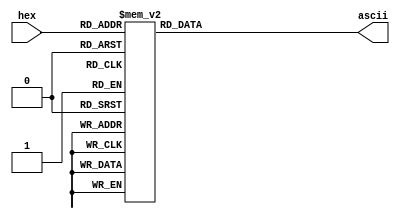
// generated code

module Hex2Ascii(
    input wire [3:0] hex,
    output reg [7:0] ascii
);

    always @* begin
        case (hex)
            4'h0: ascii = 48;
            4'h1: ascii = 49;
            4'h2: ascii = 50;
            4'h3: ascii = 51;
            4'h4: ascii = 52;
            4'h5: ascii = 53;
            4'h6: ascii = 54;
            4'h7: ascii = 55;
            4'h8: ascii = 56;
            4'h9: ascii = 57;
            4'ha: ascii = 97;
            4'hb: ascii = 98;
            4'hc: ascii = 99;
            4'hd: ascii = 100;
            4'he: ascii = 101;
            4'hf: ascii = 102;
        endcase
    end

endmodule

module VgaDebugger(
    input wire [31:0] pc,
    input wire [31:0] inst,
    input wire [31:0] IfId_pc,
    input wire [31:0] IfId_inst,
    input wire IfId_valid,
    input wire [31:0] IdEx_pc,
    input wire [31:0] IdEx_inst,
    input wire IdEx_valid,
    input wire [4:0] IdEx_rd,
    input wire [4:0] IdEx_rs1,
    input wire [4:0] IdEx_rs2,
    input wire [31:0] IdEx_rs1_val,
    input wire [31:0] IdEx_rs2_val,
    input wire IdEx_reg_wen,
    input wire IdEx_is_imm,
    input wire [31:0] IdEx_imm,
    input wire IdEx_mem_wen,
    input wire IdEx_mem_ren,
    input wire IdEx_is_branch,
    input wire IdEx_is_jal,
    input wire IdEx_is_jalr,
    input wire IdEx_is_auipc,
    input wire IdEx_is_lui,
    input wire [3:0] IdEx_alu_ctrl,
    input wire [2:0] IdEx_cmp_ctrl,
    input wire [31:0] ExMa_pc,
    input wire [31:0] ExMa_inst,
    input wire ExMa_valid,
    input wire [4:0] ExMa_rd,
    input wire ExMa_reg_wen,
    input wire [31:0] ExMa_mem_w_data,
    input wire [31:0] ExMa_alu_res,
    input wire ExMa_mem_wen,
    input wire ExMa_mem_ren,
    input wire ExMa_is_jal,
    input wire ExMa_is_jalr,
    input wire [31:0] MaWb_pc,
    input wire [31:0] MaWb_inst,
    input wire MaWb_valid,
    input wire [4:0] MaWb_rd,
    input wire MaWb_reg_wen,
    input wire [31:0] MaWb_reg_w_data,
    input wire [31:0] x0,
    input wire [31:0] ra,
    input wire [31:0] sp,
    input wire [31:0] gp,
    input wire [31:0] tp,
    input wire [31:0] t0,
    input wire [31:0] t1,
    input wire [31:0] t2,
    input wire [31:0] s0,
    input wire [31:0] s1,
    input wire [31:0] a0,
    input wire [31:0] a1,
    input wire [31:0] a2,
    input wire [31:0] a3,
    input wire [31:0] a4,
    input wire [31:0] a5,
    input wire [31:0] a6,
    input wire [31:0] a7,
    input wire [31:0] s2,
    input wire [31:0] s3,
    input wire [31:0] s4,
    input wire [31:0] s5,
    input wire [31:0] s6,
    input wire [31:0] s7,
    input wire [31:0] s8,
    input wire [31:0] s9,
    input wire [31:0] s10,
    input wire [31:0] s11,
    input wire [31:0] t3,
    input wire [31:0] t4,
    input wire [31:0] t5,
    input wire [31:0] t6,
    input wire clk,
    output reg display_wen,
    output wire [11:0] display_w_addr,
    output wire [7:0] display_w_data
);

    reg [11:0] display_addr = 0;
    assign display_w_addr = display_addr;
    always @(posedge clk) begin
        display_addr <= display_addr == 2399 ? 0 : display_addr + 1;
    end

    reg [3:0] dynamic_hex = 0;
    Hex2Ascii hex2ascii(dynamic_hex, display_w_data);
    always @* begin
        case (display_addr)
            244: begin dynamic_hex = pc[31:28]; display_wen = 1; end
            245: begin dynamic_hex = pc[27:24]; display_wen = 1; end
            246: begin dynamic_hex = pc[23:20]; display_wen = 1; end
            247: begin dynamic_hex = pc[19:16]; display_wen = 1; end
            248: begin dynamic_hex = pc[15:12]; display_wen = 1; end
            249: begin dynamic_hex = pc[11:8]; display_wen = 1; end
            250: begin dynamic_hex = pc[7:4]; display_wen = 1; end
            251: begin dynamic_hex = pc[3:0]; display_wen = 1; end
            261: begin dynamic_hex = inst[31:28]; display_wen = 1; end
            262: begin dynamic_hex = inst[27:24]; display_wen = 1; end
            263: begin dynamic_hex = inst[23:20]; display_wen = 1; end
            264: begin dynamic_hex = inst[19:16]; display_wen = 1; end
            265: begin dynamic_hex = inst[15:12]; display_wen = 1; end
            266: begin dynamic_hex = inst[11:8]; display_wen = 1; end
            267: begin dynamic_hex = inst[7:4]; display_wen = 1; end
            268: begin dynamic_hex = inst[3:0]; display_wen = 1; end
            404: begin dynamic_hex = IfId_pc[31:28]; display_wen = 1; end
            405: begin dynamic_hex = IfId_pc[27:24]; display_wen = 1; end
            406: begin dynamic_hex = IfId_pc[23:20]; display_wen = 1; end
            407: begin dynamic_hex = IfId_pc[19:16]; display_wen = 1; end
            408: begin dynamic_hex = IfId_pc[15:12]; display_wen = 1; end
            409: begin dynamic_hex = IfId_pc[11:8]; display_wen = 1; end
            410: begin dynamic_hex = IfId_pc[7:4]; display_wen = 1; end
            411: begin dynamic_hex = IfId_pc[3:0]; display_wen = 1; end
            421: begin dynamic_hex = IfId_inst[31:28]; display_wen = 1; end
            422: begin dynamic_hex = IfId_inst[27:24]; display_wen = 1; end
            423: begin dynamic_hex = IfId_inst[23:20]; display_wen = 1; end
            424: begin dynamic_hex = IfId_inst[19:16]; display_wen = 1; end
            425: begin dynamic_hex = IfId_inst[15:12]; display_wen = 1; end
            426: begin dynamic_hex = IfId_inst[11:8]; display_wen = 1; end
            427: begin dynamic_hex = IfId_inst[7:4]; display_wen = 1; end
            428: begin dynamic_hex = IfId_inst[3:0]; display_wen = 1; end
            439: begin dynamic_hex = IfId_valid; display_wen = 1; end
            1124: begin dynamic_hex = IdEx_pc[31:28]; display_wen = 1; end
            1125: begin dynamic_hex = IdEx_pc[27:24]; display_wen = 1; end
            1126: begin dynamic_hex = IdEx_pc[23:20]; display_wen = 1; end
            1127: begin dynamic_hex = IdEx_pc[19:16]; display_wen = 1; end
            1128: begin dynamic_hex = IdEx_pc[15:12]; display_wen = 1; end
            1129: begin dynamic_hex = IdEx_pc[11:8]; display_wen = 1; end
            1130: begin dynamic_hex = IdEx_pc[7:4]; display_wen = 1; end
            1131: begin dynamic_hex = IdEx_pc[3:0]; display_wen = 1; end
            1141: begin dynamic_hex = IdEx_inst[31:28]; display_wen = 1; end
            1142: begin dynamic_hex = IdEx_inst[27:24]; display_wen = 1; end
            1143: begin dynamic_hex = IdEx_inst[23:20]; display_wen = 1; end
            1144: begin dynamic_hex = IdEx_inst[19:16]; display_wen = 1; end
            1145: begin dynamic_hex = IdEx_inst[15:12]; display_wen = 1; end
            1146: begin dynamic_hex = IdEx_inst[11:8]; display_wen = 1; end
            1147: begin dynamic_hex = IdEx_inst[7:4]; display_wen = 1; end
            1148: begin dynamic_hex = IdEx_inst[3:0]; display_wen = 1; end
            1159: begin dynamic_hex = IdEx_valid; display_wen = 1; end
            1204: begin dynamic_hex = IdEx_rd[4:4]; display_wen = 1; end
            1205: begin dynamic_hex = IdEx_rd[3:0]; display_wen = 1; end
            1214: begin dynamic_hex = IdEx_rs1[4:4]; display_wen = 1; end
            1215: begin dynamic_hex = IdEx_rs1[3:0]; display_wen = 1; end
            1224: begin dynamic_hex = IdEx_rs2[4:4]; display_wen = 1; end
            1225: begin dynamic_hex = IdEx_rs2[3:0]; display_wen = 1; end
            1238: begin dynamic_hex = IdEx_rs1_val[31:28]; display_wen = 1; end
            1239: begin dynamic_hex = IdEx_rs1_val[27:24]; display_wen = 1; end
            1240: begin dynamic_hex = IdEx_rs1_val[23:20]; display_wen = 1; end
            1241: begin dynamic_hex = IdEx_rs1_val[19:16]; display_wen = 1; end
            1242: begin dynamic_hex = IdEx_rs1_val[15:12]; display_wen = 1; end
            1243: begin dynamic_hex = IdEx_rs1_val[11:8]; display_wen = 1; end
            1244: begin dynamic_hex = IdEx_rs1_val[7:4]; display_wen = 1; end
            1245: begin dynamic_hex = IdEx_rs1_val[3:0]; display_wen = 1; end
            1258: begin dynamic_hex = IdEx_rs2_val[31:28]; display_wen = 1; end
            1259: begin dynamic_hex = IdEx_rs2_val[27:24]; display_wen = 1; end
            1260: begin dynamic_hex = IdEx_rs2_val[23:20]; display_wen = 1; end
            1261: begin dynamic_hex = IdEx_rs2_val[19:16]; display_wen = 1; end
            1262: begin dynamic_hex = IdEx_rs2_val[15:12]; display_wen = 1; end
            1263: begin dynamic_hex = IdEx_rs2_val[11:8]; display_wen = 1; end
            1264: begin dynamic_hex = IdEx_rs2_val[7:4]; display_wen = 1; end
            1265: begin dynamic_hex = IdEx_rs2_val[3:0]; display_wen = 1; end
            1278: begin dynamic_hex = IdEx_reg_wen; display_wen = 1; end
            1288: begin dynamic_hex = IdEx_is_imm; display_wen = 1; end
            1297: begin dynamic_hex = IdEx_imm[31:28]; display_wen = 1; end
            1298: begin dynamic_hex = IdEx_imm[27:24]; display_wen = 1; end
            1299: begin dynamic_hex = IdEx_imm[23:20]; display_wen = 1; end
            1300: begin dynamic_hex = IdEx_imm[19:16]; display_wen = 1; end
            1301: begin dynamic_hex = IdEx_imm[15:12]; display_wen = 1; end
            1302: begin dynamic_hex = IdEx_imm[11:8]; display_wen = 1; end
            1303: begin dynamic_hex = IdEx_imm[7:4]; display_wen = 1; end
            1304: begin dynamic_hex = IdEx_imm[3:0]; display_wen = 1; end
            1369: begin dynamic_hex = IdEx_mem_wen; display_wen = 1; end
            1382: begin dynamic_hex = IdEx_mem_ren; display_wen = 1; end
            1397: begin dynamic_hex = IdEx_is_branch; display_wen = 1; end
            1409: begin dynamic_hex = IdEx_is_jal; display_wen = 1; end
            1422: begin dynamic_hex = IdEx_is_jalr; display_wen = 1; end
            1450: begin dynamic_hex = IdEx_is_auipc; display_wen = 1; end
            1462: begin dynamic_hex = IdEx_is_lui; display_wen = 1; end
            1476: begin dynamic_hex = IdEx_alu_ctrl[3:0]; display_wen = 1; end
            1490: begin dynamic_hex = IdEx_cmp_ctrl[2:0]; display_wen = 1; end
            1604: begin dynamic_hex = ExMa_pc[31:28]; display_wen = 1; end
            1605: begin dynamic_hex = ExMa_pc[27:24]; display_wen = 1; end
            1606: begin dynamic_hex = ExMa_pc[23:20]; display_wen = 1; end
            1607: begin dynamic_hex = ExMa_pc[19:16]; display_wen = 1; end
            1608: begin dynamic_hex = ExMa_pc[15:12]; display_wen = 1; end
            1609: begin dynamic_hex = ExMa_pc[11:8]; display_wen = 1; end
            1610: begin dynamic_hex = ExMa_pc[7:4]; display_wen = 1; end
            1611: begin dynamic_hex = ExMa_pc[3:0]; display_wen = 1; end
            1621: begin dynamic_hex = ExMa_inst[31:28]; display_wen = 1; end
            1622: begin dynamic_hex = ExMa_inst[27:24]; display_wen = 1; end
            1623: begin dynamic_hex = ExMa_inst[23:20]; display_wen = 1; end
            1624: begin dynamic_hex = ExMa_inst[19:16]; display_wen = 1; end
            1625: begin dynamic_hex = ExMa_inst[15:12]; display_wen = 1; end
            1626: begin dynamic_hex = ExMa_inst[11:8]; display_wen = 1; end
            1627: begin dynamic_hex = ExMa_inst[7:4]; display_wen = 1; end
            1628: begin dynamic_hex = ExMa_inst[3:0]; display_wen = 1; end
            1639: begin dynamic_hex = ExMa_valid; display_wen = 1; end
            1684: begin dynamic_hex = ExMa_rd[4:4]; display_wen = 1; end
            1685: begin dynamic_hex = ExMa_rd[3:0]; display_wen = 1; end
            1698: begin dynamic_hex = ExMa_reg_wen; display_wen = 1; end
            1714: begin dynamic_hex = ExMa_mem_w_data[31:28]; display_wen = 1; end
            1715: begin dynamic_hex = ExMa_mem_w_data[27:24]; display_wen = 1; end
            1716: begin dynamic_hex = ExMa_mem_w_data[23:20]; display_wen = 1; end
            1717: begin dynamic_hex = ExMa_mem_w_data[19:16]; display_wen = 1; end
            1718: begin dynamic_hex = ExMa_mem_w_data[15:12]; display_wen = 1; end
            1719: begin dynamic_hex = ExMa_mem_w_data[11:8]; display_wen = 1; end
            1720: begin dynamic_hex = ExMa_mem_w_data[7:4]; display_wen = 1; end
            1721: begin dynamic_hex = ExMa_mem_w_data[3:0]; display_wen = 1; end
            1734: begin dynamic_hex = ExMa_alu_res[31:28]; display_wen = 1; end
            1735: begin dynamic_hex = ExMa_alu_res[27:24]; display_wen = 1; end
            1736: begin dynamic_hex = ExMa_alu_res[23:20]; display_wen = 1; end
            1737: begin dynamic_hex = ExMa_alu_res[19:16]; display_wen = 1; end
            1738: begin dynamic_hex = ExMa_alu_res[15:12]; display_wen = 1; end
            1739: begin dynamic_hex = ExMa_alu_res[11:8]; display_wen = 1; end
            1740: begin dynamic_hex = ExMa_alu_res[7:4]; display_wen = 1; end
            1741: begin dynamic_hex = ExMa_alu_res[3:0]; display_wen = 1; end
            1769: begin dynamic_hex = ExMa_mem_wen; display_wen = 1; end
            1782: begin dynamic_hex = ExMa_mem_ren; display_wen = 1; end
            1794: begin dynamic_hex = ExMa_is_jal; display_wen = 1; end
            1807: begin dynamic_hex = ExMa_is_jalr; display_wen = 1; end
            1924: begin dynamic_hex = MaWb_pc[31:28]; display_wen = 1; end
            1925: begin dynamic_hex = MaWb_pc[27:24]; display_wen = 1; end
            1926: begin dynamic_hex = MaWb_pc[23:20]; display_wen = 1; end
            1927: begin dynamic_hex = MaWb_pc[19:16]; display_wen = 1; end
            1928: begin dynamic_hex = MaWb_pc[15:12]; display_wen = 1; end
            1929: begin dynamic_hex = MaWb_pc[11:8]; display_wen = 1; end
            1930: begin dynamic_hex = MaWb_pc[7:4]; display_wen = 1; end
            1931: begin dynamic_hex = MaWb_pc[3:0]; display_wen = 1; end
            1941: begin dynamic_hex = MaWb_inst[31:28]; display_wen = 1; end
            1942: begin dynamic_hex = MaWb_inst[27:24]; display_wen = 1; end
            1943: begin dynamic_hex = MaWb_inst[23:20]; display_wen = 1; end
            1944: begin dynamic_hex = MaWb_inst[19:16]; display_wen = 1; end
            1945: begin dynamic_hex = MaWb_inst[15:12]; display_wen = 1; end
            1946: begin dynamic_hex = MaWb_inst[11:8]; display_wen = 1; end
            1947: begin dynamic_hex = MaWb_inst[7:4]; display_wen = 1; end
            1948: begin dynamic_hex = MaWb_inst[3:0]; display_wen = 1; end
            1959: begin dynamic_hex = MaWb_valid; display_wen = 1; end
            2004: begin dynamic_hex = MaWb_rd[4:4]; display_wen = 1; end
            2005: begin dynamic_hex = MaWb_rd[3:0]; display_wen = 1; end
            2018: begin dynamic_hex = MaWb_reg_wen; display_wen = 1; end
            2034: begin dynamic_hex = MaWb_reg_w_data[31:28]; display_wen = 1; end
            2035: begin dynamic_hex = MaWb_reg_w_data[27:24]; display_wen = 1; end
            2036: begin dynamic_hex = MaWb_reg_w_data[23:20]; display_wen = 1; end
            2037: begin dynamic_hex = MaWb_reg_w_data[19:16]; display_wen = 1; end
            2038: begin dynamic_hex = MaWb_reg_w_data[15:12]; display_wen = 1; end
            2039: begin dynamic_hex = MaWb_reg_w_data[11:8]; display_wen = 1; end
            2040: begin dynamic_hex = MaWb_reg_w_data[7:4]; display_wen = 1; end
            2041: begin dynamic_hex = MaWb_reg_w_data[3:0]; display_wen = 1; end
            484: begin dynamic_hex = x0[31:28]; display_wen = 1; end
            485: begin dynamic_hex = x0[27:24]; display_wen = 1; end
            486: begin dynamic_hex = x0[23:20]; display_wen = 1; end
            487: begin dynamic_hex = x0[19:16]; display_wen = 1; end
            488: begin dynamic_hex = x0[15:12]; display_wen = 1; end
            489: begin dynamic_hex = x0[11:8]; display_wen = 1; end
            490: begin dynamic_hex = x0[7:4]; display_wen = 1; end
            491: begin dynamic_hex = x0[3:0]; display_wen = 1; end
            499: begin dynamic_hex = ra[31:28]; display_wen = 1; end
            500: begin dynamic_hex = ra[27:24]; display_wen = 1; end
            501: begin dynamic_hex = ra[23:20]; display_wen = 1; end
            502: begin dynamic_hex = ra[19:16]; display_wen = 1; end
            503: begin dynamic_hex = ra[15:12]; display_wen = 1; end
            504: begin dynamic_hex = ra[11:8]; display_wen = 1; end
            505: begin dynamic_hex = ra[7:4]; display_wen = 1; end
            506: begin dynamic_hex = ra[3:0]; display_wen = 1; end
            514: begin dynamic_hex = sp[31:28]; display_wen = 1; end
            515: begin dynamic_hex = sp[27:24]; display_wen = 1; end
            516: begin dynamic_hex = sp[23:20]; display_wen = 1; end
            517: begin dynamic_hex = sp[19:16]; display_wen = 1; end
            518: begin dynamic_hex = sp[15:12]; display_wen = 1; end
            519: begin dynamic_hex = sp[11:8]; display_wen = 1; end
            520: begin dynamic_hex = sp[7:4]; display_wen = 1; end
            521: begin dynamic_hex = sp[3:0]; display_wen = 1; end
            529: begin dynamic_hex = gp[31:28]; display_wen = 1; end
            530: begin dynamic_hex = gp[27:24]; display_wen = 1; end
            531: begin dynamic_hex = gp[23:20]; display_wen = 1; end
            532: begin dynamic_hex = gp[19:16]; display_wen = 1; end
            533: begin dynamic_hex = gp[15:12]; display_wen = 1; end
            534: begin dynamic_hex = gp[11:8]; display_wen = 1; end
            535: begin dynamic_hex = gp[7:4]; display_wen = 1; end
            536: begin dynamic_hex = gp[3:0]; display_wen = 1; end
            544: begin dynamic_hex = tp[31:28]; display_wen = 1; end
            545: begin dynamic_hex = tp[27:24]; display_wen = 1; end
            546: begin dynamic_hex = tp[23:20]; display_wen = 1; end
            547: begin dynamic_hex = tp[19:16]; display_wen = 1; end
            548: begin dynamic_hex = tp[15:12]; display_wen = 1; end
            549: begin dynamic_hex = tp[11:8]; display_wen = 1; end
            550: begin dynamic_hex = tp[7:4]; display_wen = 1; end
            551: begin dynamic_hex = tp[3:0]; display_wen = 1; end
            564: begin dynamic_hex = t0[31:28]; display_wen = 1; end
            565: begin dynamic_hex = t0[27:24]; display_wen = 1; end
            566: begin dynamic_hex = t0[23:20]; display_wen = 1; end
            567: begin dynamic_hex = t0[19:16]; display_wen = 1; end
            568: begin dynamic_hex = t0[15:12]; display_wen = 1; end
            569: begin dynamic_hex = t0[11:8]; display_wen = 1; end
            570: begin dynamic_hex = t0[7:4]; display_wen = 1; end
            571: begin dynamic_hex = t0[3:0]; display_wen = 1; end
            579: begin dynamic_hex = t1[31:28]; display_wen = 1; end
            580: begin dynamic_hex = t1[27:24]; display_wen = 1; end
            581: begin dynamic_hex = t1[23:20]; display_wen = 1; end
            582: begin dynamic_hex = t1[19:16]; display_wen = 1; end
            583: begin dynamic_hex = t1[15:12]; display_wen = 1; end
            584: begin dynamic_hex = t1[11:8]; display_wen = 1; end
            585: begin dynamic_hex = t1[7:4]; display_wen = 1; end
            586: begin dynamic_hex = t1[3:0]; display_wen = 1; end
            594: begin dynamic_hex = t2[31:28]; display_wen = 1; end
            595: begin dynamic_hex = t2[27:24]; display_wen = 1; end
            596: begin dynamic_hex = t2[23:20]; display_wen = 1; end
            597: begin dynamic_hex = t2[19:16]; display_wen = 1; end
            598: begin dynamic_hex = t2[15:12]; display_wen = 1; end
            599: begin dynamic_hex = t2[11:8]; display_wen = 1; end
            600: begin dynamic_hex = t2[7:4]; display_wen = 1; end
            601: begin dynamic_hex = t2[3:0]; display_wen = 1; end
            609: begin dynamic_hex = s0[31:28]; display_wen = 1; end
            610: begin dynamic_hex = s0[27:24]; display_wen = 1; end
            611: begin dynamic_hex = s0[23:20]; display_wen = 1; end
            612: begin dynamic_hex = s0[19:16]; display_wen = 1; end
            613: begin dynamic_hex = s0[15:12]; display_wen = 1; end
            614: begin dynamic_hex = s0[11:8]; display_wen = 1; end
            615: begin dynamic_hex = s0[7:4]; display_wen = 1; end
            616: begin dynamic_hex = s0[3:0]; display_wen = 1; end
            624: begin dynamic_hex = s1[31:28]; display_wen = 1; end
            625: begin dynamic_hex = s1[27:24]; display_wen = 1; end
            626: begin dynamic_hex = s1[23:20]; display_wen = 1; end
            627: begin dynamic_hex = s1[19:16]; display_wen = 1; end
            628: begin dynamic_hex = s1[15:12]; display_wen = 1; end
            629: begin dynamic_hex = s1[11:8]; display_wen = 1; end
            630: begin dynamic_hex = s1[7:4]; display_wen = 1; end
            631: begin dynamic_hex = s1[3:0]; display_wen = 1; end
            644: begin dynamic_hex = a0[31:28]; display_wen = 1; end
            645: begin dynamic_hex = a0[27:24]; display_wen = 1; end
            646: begin dynamic_hex = a0[23:20]; display_wen = 1; end
            647: begin dynamic_hex = a0[19:16]; display_wen = 1; end
            648: begin dynamic_hex = a0[15:12]; display_wen = 1; end
            649: begin dynamic_hex = a0[11:8]; display_wen = 1; end
            650: begin dynamic_hex = a0[7:4]; display_wen = 1; end
            651: begin dynamic_hex = a0[3:0]; display_wen = 1; end
            659: begin dynamic_hex = a1[31:28]; display_wen = 1; end
            660: begin dynamic_hex = a1[27:24]; display_wen = 1; end
            661: begin dynamic_hex = a1[23:20]; display_wen = 1; end
            662: begin dynamic_hex = a1[19:16]; display_wen = 1; end
            663: begin dynamic_hex = a1[15:12]; display_wen = 1; end
            664: begin dynamic_hex = a1[11:8]; display_wen = 1; end
            665: begin dynamic_hex = a1[7:4]; display_wen = 1; end
            666: begin dynamic_hex = a1[3:0]; display_wen = 1; end
            674: begin dynamic_hex = a2[31:28]; display_wen = 1; end
            675: begin dynamic_hex = a2[27:24]; display_wen = 1; end
            676: begin dynamic_hex = a2[23:20]; display_wen = 1; end
            677: begin dynamic_hex = a2[19:16]; display_wen = 1; end
            678: begin dynamic_hex = a2[15:12]; display_wen = 1; end
            679: begin dynamic_hex = a2[11:8]; display_wen = 1; end
            680: begin dynamic_hex = a2[7:4]; display_wen = 1; end
            681: begin dynamic_hex = a2[3:0]; display_wen = 1; end
            689: begin dynamic_hex = a3[31:28]; display_wen = 1; end
            690: begin dynamic_hex = a3[27:24]; display_wen = 1; end
            691: begin dynamic_hex = a3[23:20]; display_wen = 1; end
            692: begin dynamic_hex = a3[19:16]; display_wen = 1; end
            693: begin dynamic_hex = a3[15:12]; display_wen = 1; end
            694: begin dynamic_hex = a3[11:8]; display_wen = 1; end
            695: begin dynamic_hex = a3[7:4]; display_wen = 1; end
            696: begin dynamic_hex = a3[3:0]; display_wen = 1; end
            704: begin dynamic_hex = a4[31:28]; display_wen = 1; end
            705: begin dynamic_hex = a4[27:24]; display_wen = 1; end
            706: begin dynamic_hex = a4[23:20]; display_wen = 1; end
            707: begin dynamic_hex = a4[19:16]; display_wen = 1; end
            708: begin dynamic_hex = a4[15:12]; display_wen = 1; end
            709: begin dynamic_hex = a4[11:8]; display_wen = 1; end
            710: begin dynamic_hex = a4[7:4]; display_wen = 1; end
            711: begin dynamic_hex = a4[3:0]; display_wen = 1; end
            724: begin dynamic_hex = a5[31:28]; display_wen = 1; end
            725: begin dynamic_hex = a5[27:24]; display_wen = 1; end
            726: begin dynamic_hex = a5[23:20]; display_wen = 1; end
            727: begin dynamic_hex = a5[19:16]; display_wen = 1; end
            728: begin dynamic_hex = a5[15:12]; display_wen = 1; end
            729: begin dynamic_hex = a5[11:8]; display_wen = 1; end
            730: begin dynamic_hex = a5[7:4]; display_wen = 1; end
            731: begin dynamic_hex = a5[3:0]; display_wen = 1; end
            739: begin dynamic_hex = a6[31:28]; display_wen = 1; end
            740: begin dynamic_hex = a6[27:24]; display_wen = 1; end
            741: begin dynamic_hex = a6[23:20]; display_wen = 1; end
            742: begin dynamic_hex = a6[19:16]; display_wen = 1; end
            743: begin dynamic_hex = a6[15:12]; display_wen = 1; end
            744: begin dynamic_hex = a6[11:8]; display_wen = 1; end
            745: begin dynamic_hex = a6[7:4]; display_wen = 1; end
            746: begin dynamic_hex = a6[3:0]; display_wen = 1; end
            754: begin dynamic_hex = a7[31:28]; display_wen = 1; end
            755: begin dynamic_hex = a7[27:24]; display_wen = 1; end
            756: begin dynamic_hex = a7[23:20]; display_wen = 1; end
            757: begin dynamic_hex = a7[19:16]; display_wen = 1; end
            758: begin dynamic_hex = a7[15:12]; display_wen = 1; end
            759: begin dynamic_hex = a7[11:8]; display_wen = 1; end
            760: begin dynamic_hex = a7[7:4]; display_wen = 1; end
            761: begin dynamic_hex = a7[3:0]; display_wen = 1; end
            769: begin dynamic_hex = s2[31:28]; display_wen = 1; end
            770: begin dynamic_hex = s2[27:24]; display_wen = 1; end
            771: begin dynamic_hex = s2[23:20]; display_wen = 1; end
            772: begin dynamic_hex = s2[19:16]; display_wen = 1; end
            773: begin dynamic_hex = s2[15:12]; display_wen = 1; end
            774: begin dynamic_hex = s2[11:8]; display_wen = 1; end
            775: begin dynamic_hex = s2[7:4]; display_wen = 1; end
            776: begin dynamic_hex = s2[3:0]; display_wen = 1; end
            784: begin dynamic_hex = s3[31:28]; display_wen = 1; end
            785: begin dynamic_hex = s3[27:24]; display_wen = 1; end
            786: begin dynamic_hex = s3[23:20]; display_wen = 1; end
            787: begin dynamic_hex = s3[19:16]; display_wen = 1; end
            788: begin dynamic_hex = s3[15:12]; display_wen = 1; end
            789: begin dynamic_hex = s3[11:8]; display_wen = 1; end
            790: begin dynamic_hex = s3[7:4]; display_wen = 1; end
            791: begin dynamic_hex = s3[3:0]; display_wen = 1; end
            804: begin dynamic_hex = s4[31:28]; display_wen = 1; end
            805: begin dynamic_hex = s4[27:24]; display_wen = 1; end
            806: begin dynamic_hex = s4[23:20]; display_wen = 1; end
            807: begin dynamic_hex = s4[19:16]; display_wen = 1; end
            808: begin dynamic_hex = s4[15:12]; display_wen = 1; end
            809: begin dynamic_hex = s4[11:8]; display_wen = 1; end
            810: begin dynamic_hex = s4[7:4]; display_wen = 1; end
            811: begin dynamic_hex = s4[3:0]; display_wen = 1; end
            819: begin dynamic_hex = s5[31:28]; display_wen = 1; end
            820: begin dynamic_hex = s5[27:24]; display_wen = 1; end
            821: begin dynamic_hex = s5[23:20]; display_wen = 1; end
            822: begin dynamic_hex = s5[19:16]; display_wen = 1; end
            823: begin dynamic_hex = s5[15:12]; display_wen = 1; end
            824: begin dynamic_hex = s5[11:8]; display_wen = 1; end
            825: begin dynamic_hex = s5[7:4]; display_wen = 1; end
            826: begin dynamic_hex = s5[3:0]; display_wen = 1; end
            834: begin dynamic_hex = s6[31:28]; display_wen = 1; end
            835: begin dynamic_hex = s6[27:24]; display_wen = 1; end
            836: begin dynamic_hex = s6[23:20]; display_wen = 1; end
            837: begin dynamic_hex = s6[19:16]; display_wen = 1; end
            838: begin dynamic_hex = s6[15:12]; display_wen = 1; end
            839: begin dynamic_hex = s6[11:8]; display_wen = 1; end
            840: begin dynamic_hex = s6[7:4]; display_wen = 1; end
            841: begin dynamic_hex = s6[3:0]; display_wen = 1; end
            849: begin dynamic_hex = s7[31:28]; display_wen = 1; end
            850: begin dynamic_hex = s7[27:24]; display_wen = 1; end
            851: begin dynamic_hex = s7[23:20]; display_wen = 1; end
            852: begin dynamic_hex = s7[19:16]; display_wen = 1; end
            853: begin dynamic_hex = s7[15:12]; display_wen = 1; end
            854: begin dynamic_hex = s7[11:8]; display_wen = 1; end
            855: begin dynamic_hex = s7[7:4]; display_wen = 1; end
            856: begin dynamic_hex = s7[3:0]; display_wen = 1; end
            864: begin dynamic_hex = s8[31:28]; display_wen = 1; end
            865: begin dynamic_hex = s8[27:24]; display_wen = 1; end
            866: begin dynamic_hex = s8[23:20]; display_wen = 1; end
            867: begin dynamic_hex = s8[19:16]; display_wen = 1; end
            868: begin dynamic_hex = s8[15:12]; display_wen = 1; end
            869: begin dynamic_hex = s8[11:8]; display_wen = 1; end
            870: begin dynamic_hex = s8[7:4]; display_wen = 1; end
            871: begin dynamic_hex = s8[3:0]; display_wen = 1; end
            884: begin dynamic_hex = s9[31:28]; display_wen = 1; end
            885: begin dynamic_hex = s9[27:24]; display_wen = 1; end
            886: begin dynamic_hex = s9[23:20]; display_wen = 1; end
            887: begin dynamic_hex = s9[19:16]; display_wen = 1; end
            888: begin dynamic_hex = s9[15:12]; display_wen = 1; end
            889: begin dynamic_hex = s9[11:8]; display_wen = 1; end
            890: begin dynamic_hex = s9[7:4]; display_wen = 1; end
            891: begin dynamic_hex = s9[3:0]; display_wen = 1; end
            899: begin dynamic_hex = s10[31:28]; display_wen = 1; end
            900: begin dynamic_hex = s10[27:24]; display_wen = 1; end
            901: begin dynamic_hex = s10[23:20]; display_wen = 1; end
            902: begin dynamic_hex = s10[19:16]; display_wen = 1; end
            903: begin dynamic_hex = s10[15:12]; display_wen = 1; end
            904: begin dynamic_hex = s10[11:8]; display_wen = 1; end
            905: begin dynamic_hex = s10[7:4]; display_wen = 1; end
            906: begin dynamic_hex = s10[3:0]; display_wen = 1; end
            914: begin dynamic_hex = s11[31:28]; display_wen = 1; end
            915: begin dynamic_hex = s11[27:24]; display_wen = 1; end
            916: begin dynamic_hex = s11[23:20]; display_wen = 1; end
            917: begin dynamic_hex = s11[19:16]; display_wen = 1; end
            918: begin dynamic_hex = s11[15:12]; display_wen = 1; end
            919: begin dynamic_hex = s11[11:8]; display_wen = 1; end
            920: begin dynamic_hex = s11[7:4]; display_wen = 1; end
            921: begin dynamic_hex = s11[3:0]; display_wen = 1; end
            929: begin dynamic_hex = t3[31:28]; display_wen = 1; end
            930: begin dynamic_hex = t3[27:24]; display_wen = 1; end
            931: begin dynamic_hex = t3[23:20]; display_wen = 1; end
            932: begin dynamic_hex = t3[19:16]; display_wen = 1; end
            933: begin dynamic_hex = t3[15:12]; display_wen = 1; end
            934: begin dynamic_hex = t3[11:8]; display_wen = 1; end
            935: begin dynamic_hex = t3[7:4]; display_wen = 1; end
            936: begin dynamic_hex = t3[3:0]; display_wen = 1; end
            944: begin dynamic_hex = t4[31:28]; display_wen = 1; end
            945: begin dynamic_hex = t4[27:24]; display_wen = 1; end
            946: begin dynamic_hex = t4[23:20]; display_wen = 1; end
            947: begin dynamic_hex = t4[19:16]; display_wen = 1; end
            948: begin dynamic_hex = t4[15:12]; display_wen = 1; end
            949: begin dynamic_hex = t4[11:8]; display_wen = 1; end
            950: begin dynamic_hex = t4[7:4]; display_wen = 1; end
            951: begin dynamic_hex = t4[3:0]; display_wen = 1; end
            964: begin dynamic_hex = t5[31:28]; display_wen = 1; end
            965: begin dynamic_hex = t5[27:24]; display_wen = 1; end
            966: begin dynamic_hex = t5[23:20]; display_wen = 1; end
            967: begin dynamic_hex = t5[19:16]; display_wen = 1; end
            968: begin dynamic_hex = t5[15:12]; display_wen = 1; end
            969: begin dynamic_hex = t5[11:8]; display_wen = 1; end
            970: begin dynamic_hex = t5[7:4]; display_wen = 1; end
            971: begin dynamic_hex = t5[3:0]; display_wen = 1; end
            979: begin dynamic_hex = t6[31:28]; display_wen = 1; end
            980: begin dynamic_hex = t6[27:24]; display_wen = 1; end
            981: begin dynamic_hex = t6[23:20]; display_wen = 1; end
            982: begin dynamic_hex = t6[19:16]; display_wen = 1; end
            983: begin dynamic_hex = t6[15:12]; display_wen = 1; end
            984: begin dynamic_hex = t6[11:8]; display_wen = 1; end
            985: begin dynamic_hex = t6[7:4]; display_wen = 1; end
            986: begin dynamic_hex = t6[3:0]; display_wen = 1; end
            default: begin dynamic_hex = 0; display_wen = 0; end
        endcase
    end

endmodule